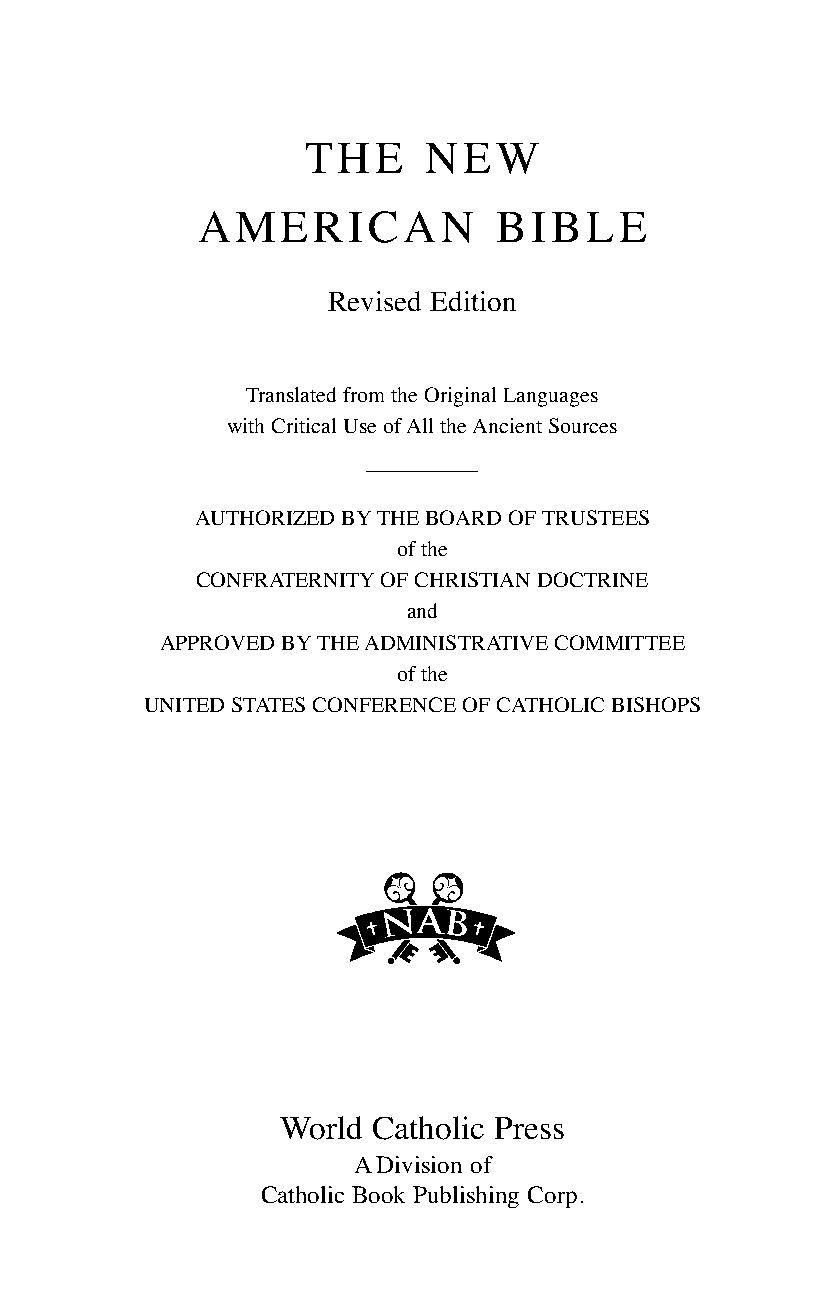
THE     NEW
 AMERICAN            BIBLE
 Revised Edition
 Translated from the Original Languages
 with Critical Use of All the Ancient Sources
 AUTHORIZED BYTHE BOARD OF TRUSTEES
 of the
 CONFRATERNITYOF CHRISTIAN DOCTRINE
 and
 APPROVED BYTHE ADMINISTRATIVE COMMITTEE
 of the
 UNITED STATES CONFERENCE OF CATHOLIC BISHOPS
 World Catholic Press
 ADivision of
 Catholic Book Publishing Corp.